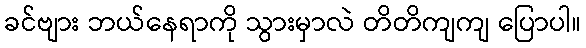
ခင်ဗျား ဘယ်နေရာကို သွားမှာလဲ တိတိကျကျ ပြောပါ။